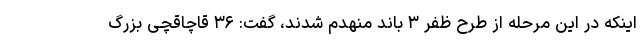
اینکه در این مرحله از طرح ظفر ۳ باند منهدم شدند، گفت: ۳۶ قاچاقچی بزرگ